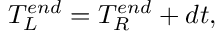
T _ { L } ^ { e n d } = T _ { R } ^ { e n d } + d t ,